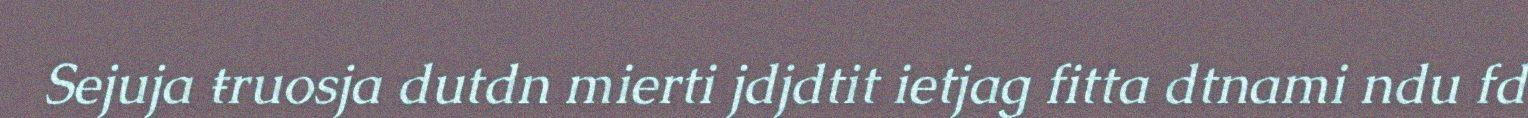
Sejuja ŧruosja dutdn mierti jdjdtit ietjag fitta dtnami ndu fd